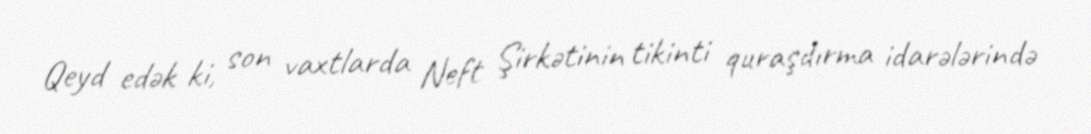
Qeyd edək ki, son vaxtlarda Neft Şirkətinin tikinti quraşdırma idarələrində